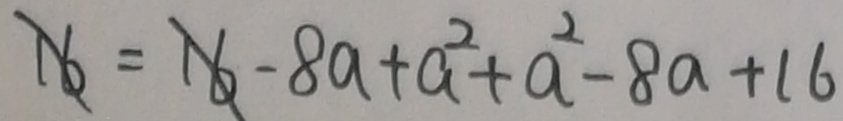
1 6 = 1 6 - 8 a + a ^ { 2 } + a ^ { 2 } - 8 a + 1 6